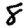
Digit: 8